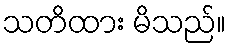
သတိထား မိသည်။